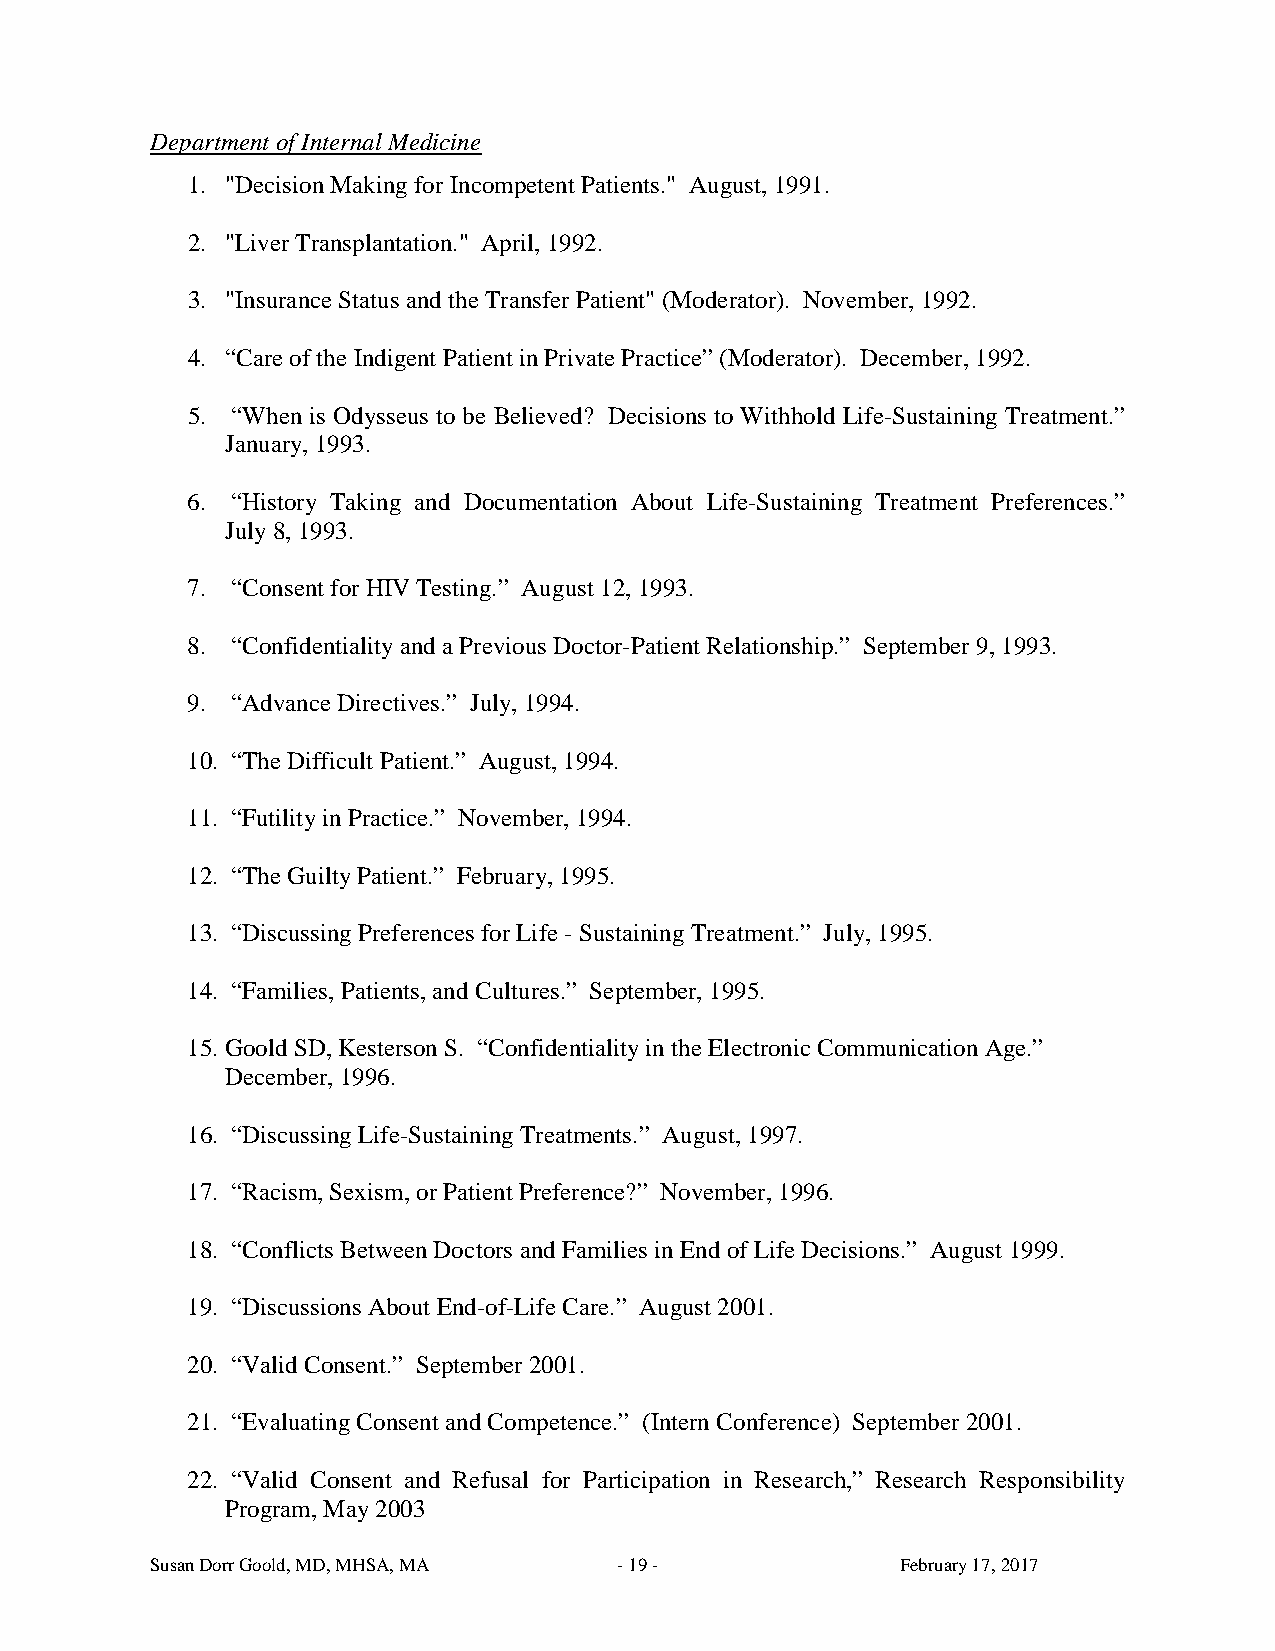
Department of Internal Medicine
 1. "Decision Making for Incompetent Patients." August, 1991.
 2. "Liver Transplantation." April, 1992.
 3. "Insurance Status and the Transfer Patient" (Moderator). November, 1992.
 4. “Care of the Indigent Patient in Private Practice” (Moderator). December, 1992.
 5. “When is Odysseus to be Believed? Decisions to Withhold Life-Sustaining Treatment.”
 January, 1993.
 6. “History Taking and Documentation About Life-Sustaining Treatment Preferences.”
 July 8, 1993.
 7. “Consent for HIV Testing.” August 12, 1993.
 8. “Confidentiality and a Previous Doctor-Patient Relationship.” September 9, 1993.
 9. “Advance Directives.” July, 1994.
 10. “The Difficult Patient.” August, 1994.
 11. “Futility in Practice.” November, 1994.
 12. “The Guilty Patient.” February, 1995.
 13. “Discussing Preferences for Life - Sustaining Treatment.” July, 1995.
 14. “Families, Patients, and Cultures.” September, 1995.
 15. Goold SD, Kesterson S. “Confidentiality in the Electronic Communication Age.”
 December, 1996.
 16. “Discussing Life-Sustaining Treatments.” August, 1997.
 17. “Racism, Sexism, or Patient Preference?” November, 1996.
 18. “Conflicts Between Doctors and Families in End of Life Decisions.” August 1999.
 19. “Discussions About End-of-Life Care.” August 2001.
 20. “Valid Consent.” September 2001.
 21. “Evaluating Consent and Competence.” (Intern Conference) September 2001.
 22. “Valid Consent and Refusal for Participation in Research,” Research Responsibility
 Program, May 2003
 Susan Dorr Goold, MD, MHSA, MA - 19 -             February 17, 2017